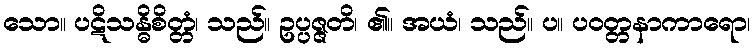
သော။ ပဋိသန္ဓိစိတ္တံ၊ သည်။ ဥပ္ပဇ္ဇတိ၊ ၏။ အယံ၊ သည်။ ပ။ ပဝတ္တနာကာရော၊